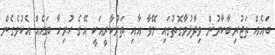
ބައެއް ތަޖުރިބާކާރުން ވިދާޅުވާގޮތުގައި މޭވާ އާއި ތަރުކާރީއަކީ އޭގެ ހުރިހާ ބައެއް އެކުވެގެން